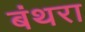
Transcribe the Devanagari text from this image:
बंथरा